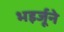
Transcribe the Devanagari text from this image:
भइर्जूने